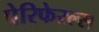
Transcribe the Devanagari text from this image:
पेरिफेरल्स